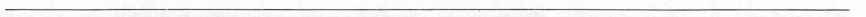
___